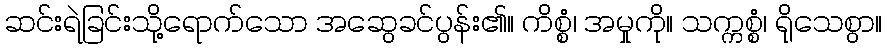
ဆင်းရဲခြင်းသို့ရောက်သော အဆွေခင်ပွန်း၏။ ကိစ္စံ၊ အမှုကို။ သက္ကစ္စံ၊ ရိုသေစွာ။